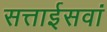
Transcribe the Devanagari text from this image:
सत्ताईसवां